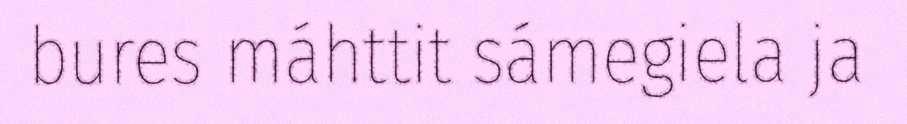
bures máhttit sámegiela ja